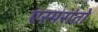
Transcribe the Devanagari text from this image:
एस्परांतो